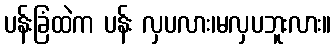
ပန်းခြံထဲက ပန်း လှပလား၊မလှပဘူးလား။